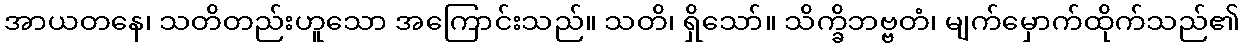
အာယတနေ၊ သတိတည်းဟူသော အကြောင်းသည်။ သတိ၊ ရှိသော်။ သိက္ခိဘဗ္ဗတံ၊ မျက်မှောက်ထိုက်သည်၏